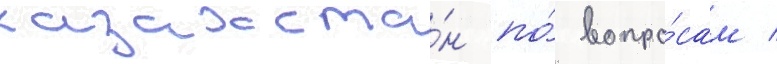
казахста́н по́ вопро́сам /